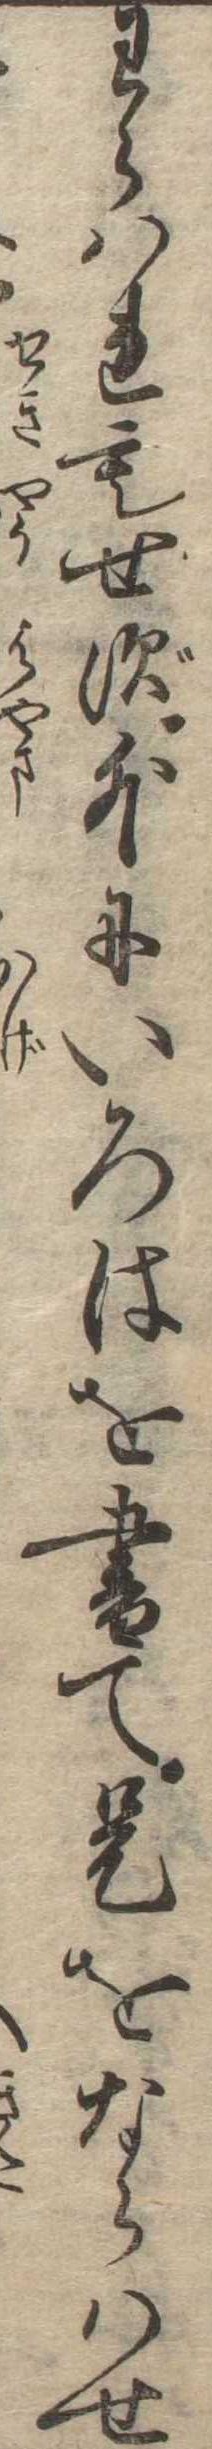
わらはれもせず外にいろはを書て是をならはせ